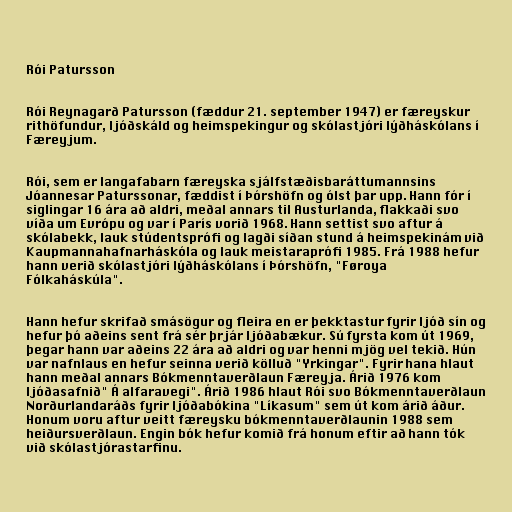
Rói Patursson

Rói Reynagarð Patursson (fæddur 21. september 1947) er færeyskur
rithöfundur, ljóðskáld og heimspekingur og skólastjóri lýðháskólans í
Færeyjum.

Rói, sem er langafabarn færeyska sjálfstæðisbaráttumannsins
Jóannesar Paturssonar, fæddist í Þórshöfn og ólst þar upp. Hann fór í
siglingar 16 ára að aldri, meðal annars til Austurlanda, flakkaði svo
víða um Evrópu og var í París vorið 1968. Hann settist svo aftur á
skólabekk, lauk stúdentsprófi og lagði síðan stund á heimspekinám við
Kaupmannahafnarháskóla og lauk meistaraprófi 1985. Frá 1988 hefur
hann verið skólastjóri lýðháskólans í Þórshöfn, "Føroya
Fólkaháskúla".

Hann hefur skrifað smásögur og fleira en er þekktastur fyrir ljóð sín og
hefur þó aðeins sent frá sér þrjár ljóðabækur. Sú fyrsta kom út 1969,
þegar hann var aðeins 22 ára að aldri og var henni mjög vel tekið. Hún
var nafnlaus en hefur seinna verið kölluð "Yrkingar". Fyrir hana hlaut
hann meðal annars Bókmenntaverðlaun Færeyja. Árið 1976 kom
ljóðasafnið" Á alfaravegi". Árið 1986 hlaut Rói svo Bókmenntaverðlaun
Norðurlandaráðs fyrir ljóðabókina "Líkasum" sem út kom árið áður.
Honum voru aftur veitt færeysku bókmenntaverðlaunin 1988 sem
heiðursverðlaun. Engin bók hefur komið frá honum eftir að hann tók
við skólastjórastarfinu.